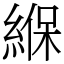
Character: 緥